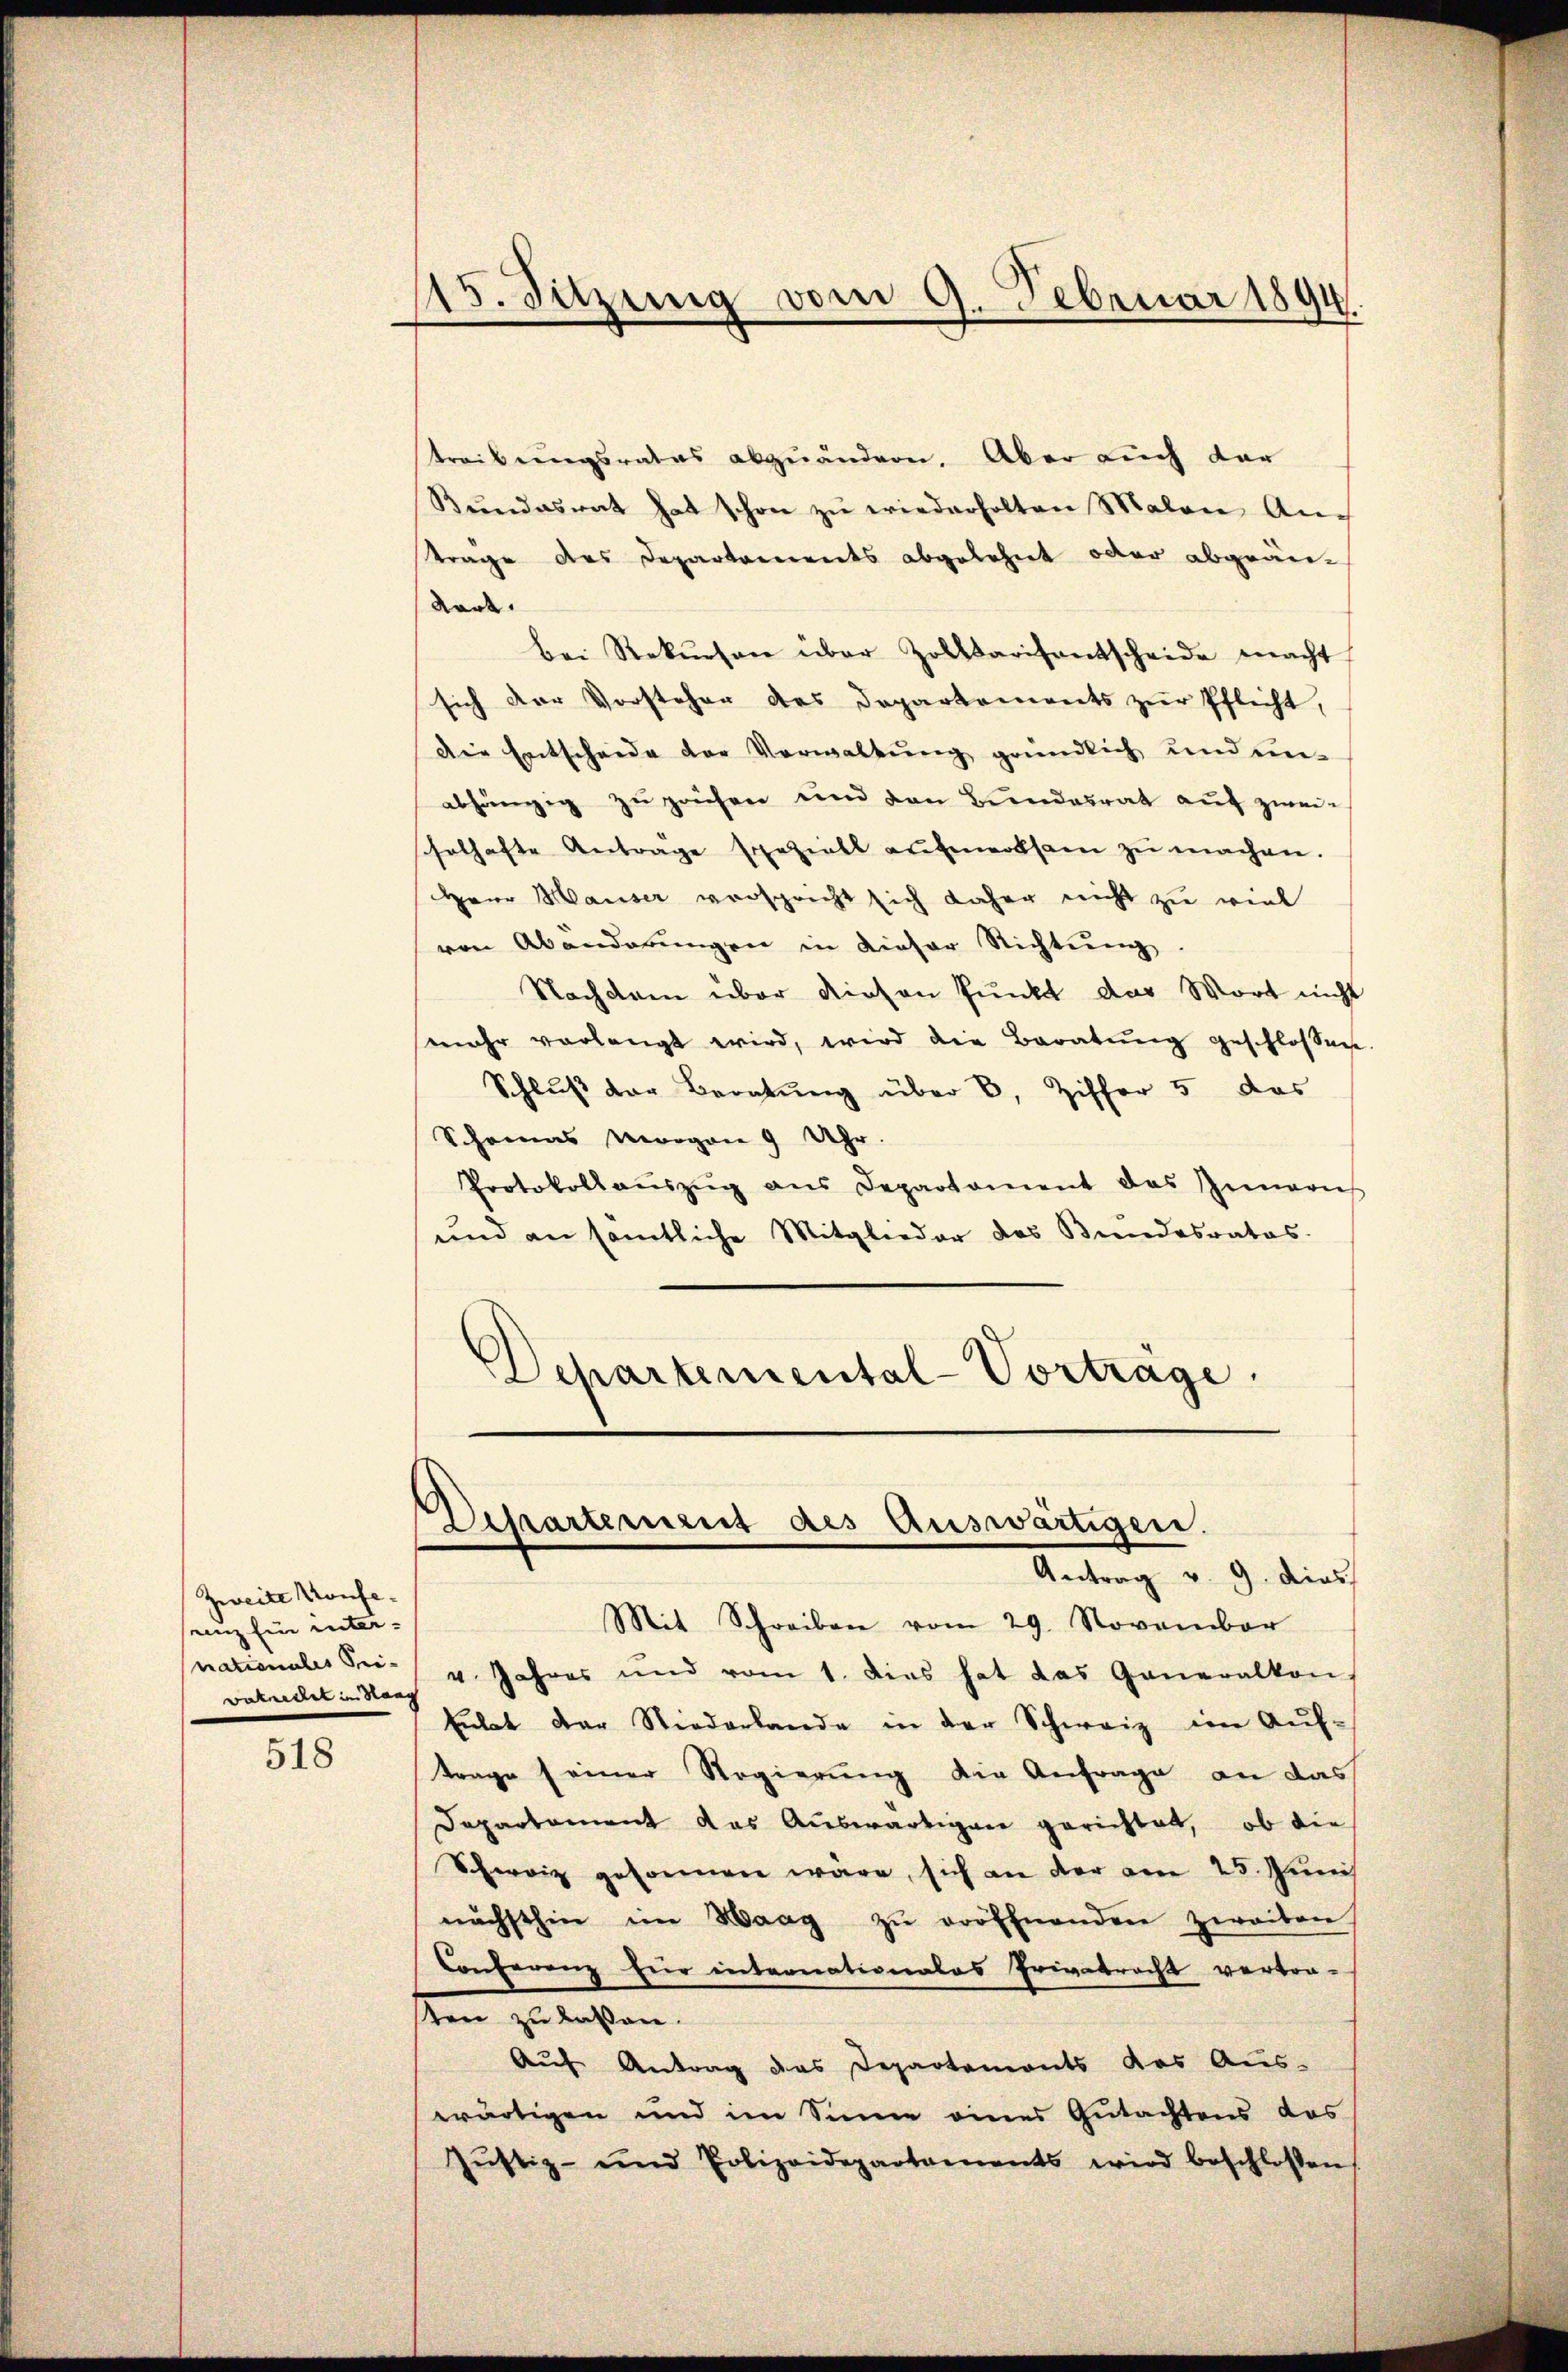
Zweite Konfe-
nz Ein unter-
nationales Sei-
vaknecht in Han

518

115. Sitzung vom 9. Februar 1894.

treibungsrates abzuändern. Aber auch dar
Rŭndesrat hat schon zŭ wiederholten Malen An-
trage des Departements abgelehnt oder abgeän¬
Kark.
bei Rekŭrsen über Zollarisentscheide macht
sich der Vorsteher des Departements zur Pflicht,
Die Entscheide der Verwaltung gründlich und unabhängig zu zeichen und den Bundesrat auf zwei-
schelhafte Antrage speziell aufmerksam zŭ machen.
Herr Hauser verspricht sich daher nicht zu viel
ven Abenderŭngen in dieser Richtŭng.
Nachdem über diesen Punkt das Wort nicht
mehr verlangt wird, wird die Baratung geschlossen.
Schlŭβ der Beratŭng über 8, Ziffer 5 das
Schomas vorgen 9 Uhr.
Protokollaŭszŭg ans Departament das Zimaris
und an sämtliche Mitglieder das Bundesrates.
Departemental-Vortrage.

Departement des Auswärtigen.
Antrag v. 9. dies

Mit Schreiben vom 29. November
v. Jahres und vom 1. Dies hat das Generalkon
Eulat der Niederlande in der Schweiz im Auf-
trage einer Regierung die Anfrage an das
Departement das Auswärtigen gerichtet, ob die
Schweiz gesonnen wäre, sich an der am 25. Juni
nächsthin im Haag zŭ eröffnenden zweiten
Conferenz für internationalas Privatrecht vertra-
sen zu laßen.
Auf Antrag des Departemonts das Aus-
wärtigen und im Sinne eines Gutachtens das
Jŭstiz- und Polizeidepartaments wird beschlossen